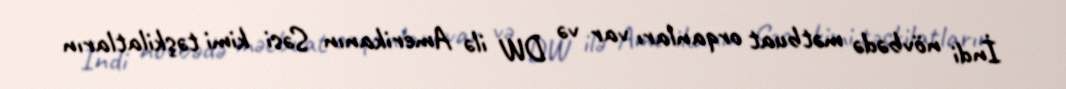
İndi növbədə mətbuat orqanları var və DW ilə Amerikanın Səsi kimi təşkilatların